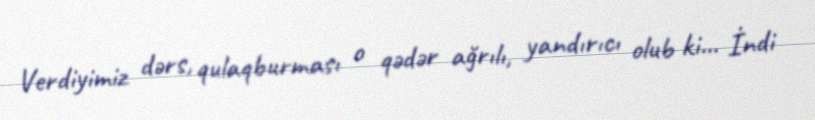
Verdiyimiz dərs, qulaqburması o qədər ağrılı, yandırıcı olub ki... İndi